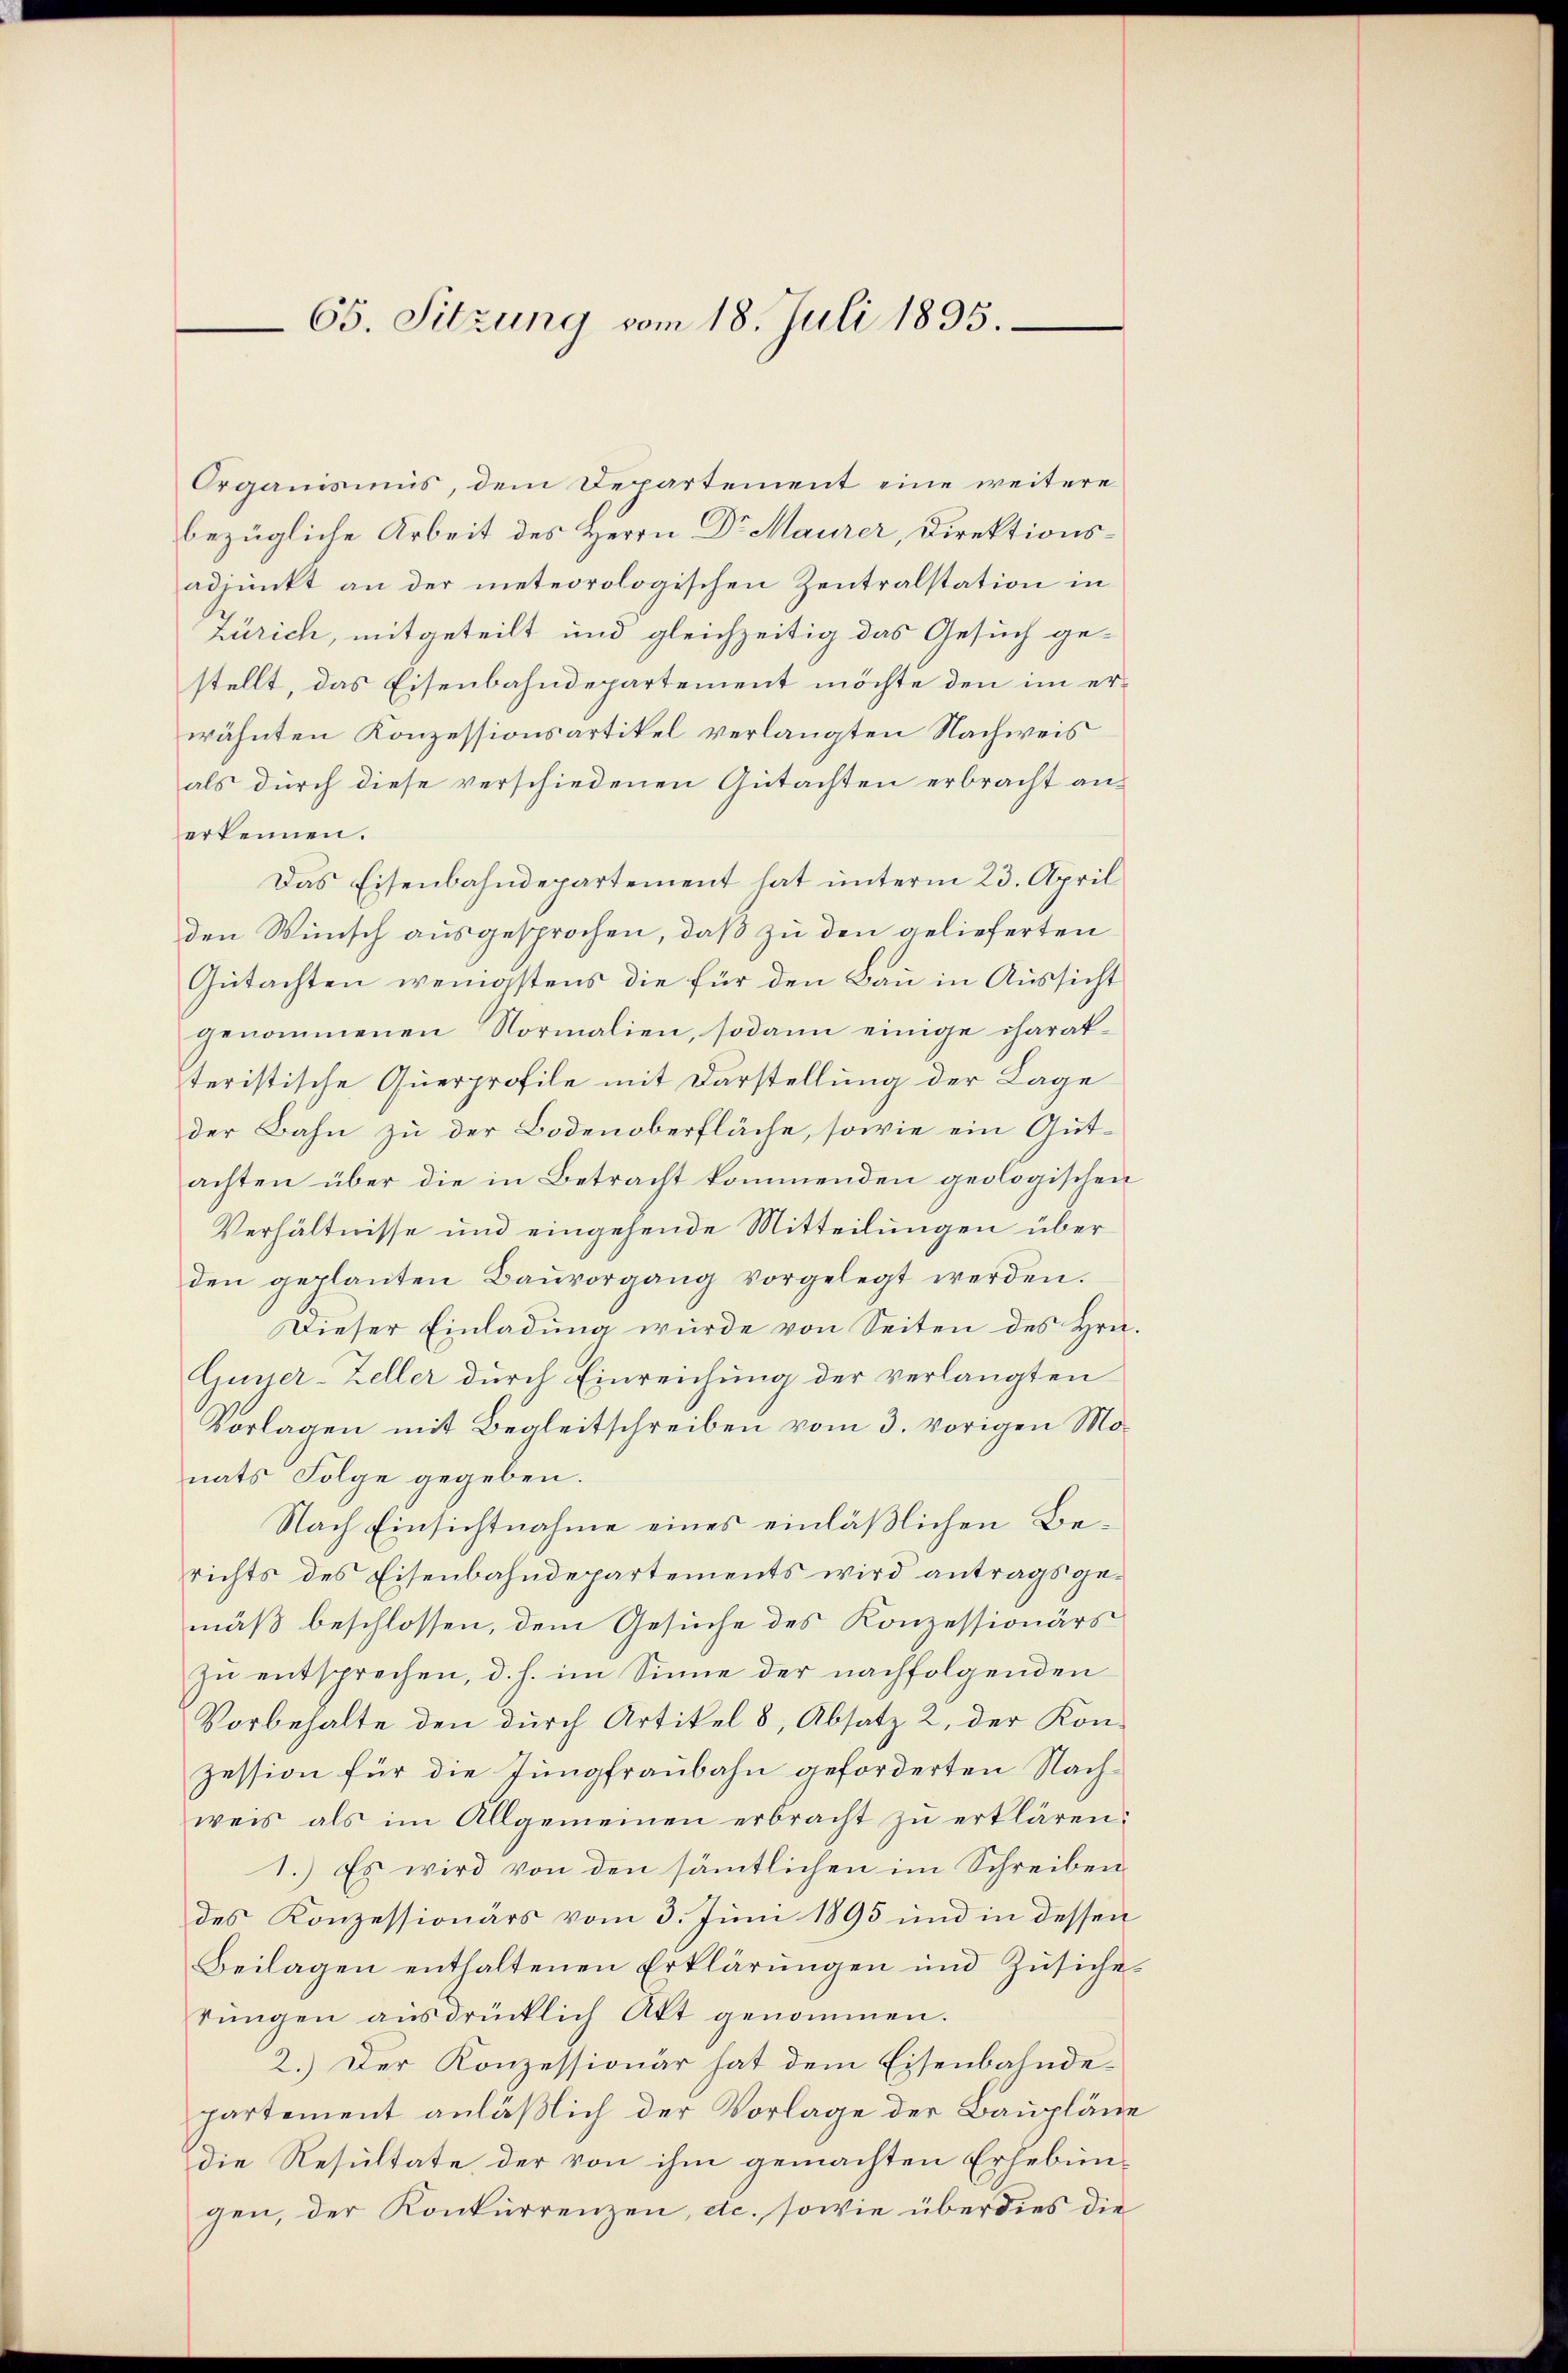
65. Sitzung vom 18. Juli 1895.

Organismus, dem Departement eine weitere
bezügliche Arbeit des Herrn Dr Maurer, Direktionsadjunkt an der meteorologischen Zentralstation in
Zürich, mitgeteilt und gleichzeitig das Gesuch ge-
stellt, das Eisenbahndepartement möchte den im erwähnten Konzessionsartikel verlangten Nachweis
als durch diese verschiedenen Gutachten erbracht anerkennen.
Das Eisenbahndepartement hat unterm 23. April
den Wunsch ausgesprochen, daß zu den gelieferten
Gutachten wenigstens die für den Bau in Aussicht
genommenen Normalien, sodann einige charatteristische Querprofile mit Darstellung der Lage
der Bahn zu der Bodenoberfläche, sowie ein Gutachten über die in Betracht kommenden geologischen
Verhältnisse und eingehende Mitteilungen über
den geplanten Baŭvorgang vorgelegt werden.
Dieser Einladung wurde von Seiten des Hrn.
Gujer-Zeller durch Einreichung der verlangten
Vorlagen mit Begleitschreiben vom 3. vorigen Monats Folge gegeben.
Nach Einsichtnahme eines einläßlichen Berichts des Eisenbahndepartements wird antragsgemäß beschlossen, dem Gesuche des Konzessionärs
zu entsprechen, d. h. im Sinne der nachfolgenden
Vorbehalte den durch Artikel 8, Absatz 2, der Kon-
zession für die Jungfraubahn geforderten Nachweis als im Allgemeinen erbracht zu erklären.
1.) Es wird von den sämtlichen im Schreiben
des Konzessionärs vom 3. Juni 1895 und in dessen
Beilagen enthaltenen Erklärungen und Zusichetŭngen ausdrücklich Akt genommen.
2.) Der Konzessionär hat dem Eisenbahndepartement anläßlich der Vorlage der Baupläne
die Resultate der von ihm gemachten Erhebungen, der Konkurrenzen, etc. sowie überdies die